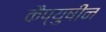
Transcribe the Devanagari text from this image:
कैप्युषीन